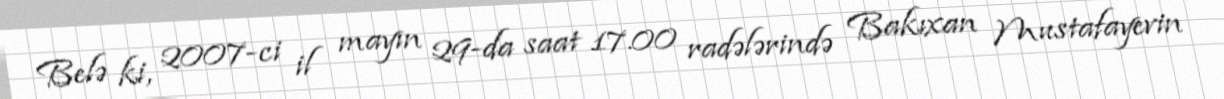
Belə ki, 2007-ci il mayın 29-da saat 17.00 radələrində Bakıxan Mustafayevin